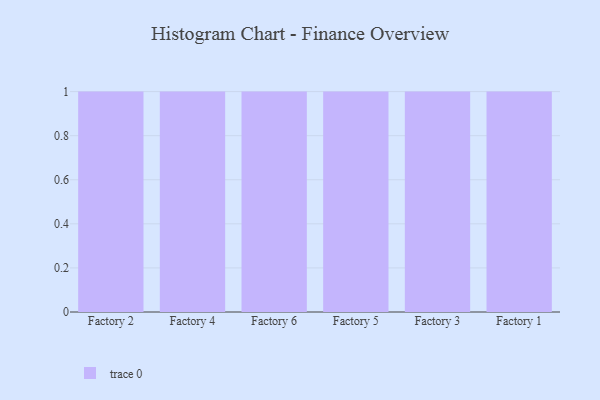
{"axis": {"x": "Factory", "y": "Bounce Rate (%)"}, "legend": [""], "data": [{"x": "Factory 2", "y": 18, "type": ""}, {"x": "Factory 4", "y": 51, "type": ""}, {"x": "Factory 6", "y": 53, "type": ""}, {"x": "Factory 5", "y": 52, "type": ""}, {"x": "Factory 3", "y": 27, "type": ""}, {"x": "Factory 1", "y": 49, "type": ""}]}